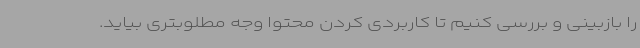
را بازبینی و بررسی کنیم تا کاربردی کردن محتوا وجه مطلوبتری بیاید.